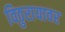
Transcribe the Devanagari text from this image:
विठुरायावर